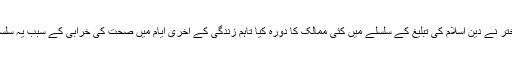
مولانا حکیم محمد اختر نے دین اسلام کی تبلیغ کے سلسلے میں کئی ممالک کا دورہ کیا تاہم زندگی کے آخری ایام میں صحت کی خرابی کے سبب یہ سلسلہ موقوف ہوگیا تھا۔